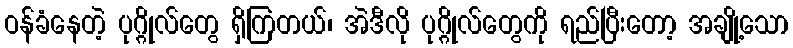
ဝန်ခံနေတဲ့ ပုဂ္ဂိုလ်တွေ ရှိကြတယ်၊ အဲဒီလို ပုဂ္ဂိုလ်တွေကို ရည်ပြီးတော့ အချို့သော